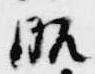
昭